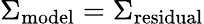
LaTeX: \Sigma_{\mathrm{model}}=\Sigma_{\mathrm{residual}}